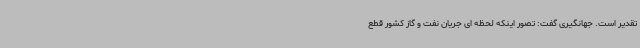
تقدیر است. جهانگیری گفت: تصور اینکه لحظه ای جریان نفت و گاز کشور قطع